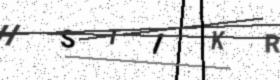
Text: HSTIKR